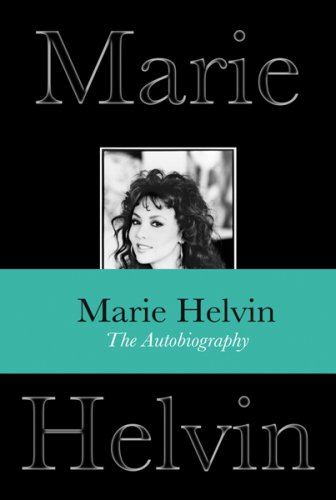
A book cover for The Autobiography; Marie Helvin; Arts & Photography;